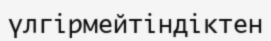
үлгірмейтіндіктен